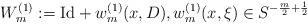
LaTeX: \begin{align*}W_m^{(1)} := {\rm Id} + w_m^{(1)}(x, D), w_m^{(1)}(x, \xi) \in S^{- \frac{m}{2} + \frac12}\end{align*}